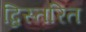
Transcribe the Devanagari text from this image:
द्विस्तरित